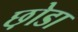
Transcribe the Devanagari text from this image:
छ़ोडा